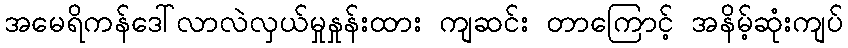
အမေရိကန်ဒေါ်လာလဲလှယ်မှုနှုန်းထား ကျဆင်း တာကြောင့် အနိမ့်ဆုံးကျပ်